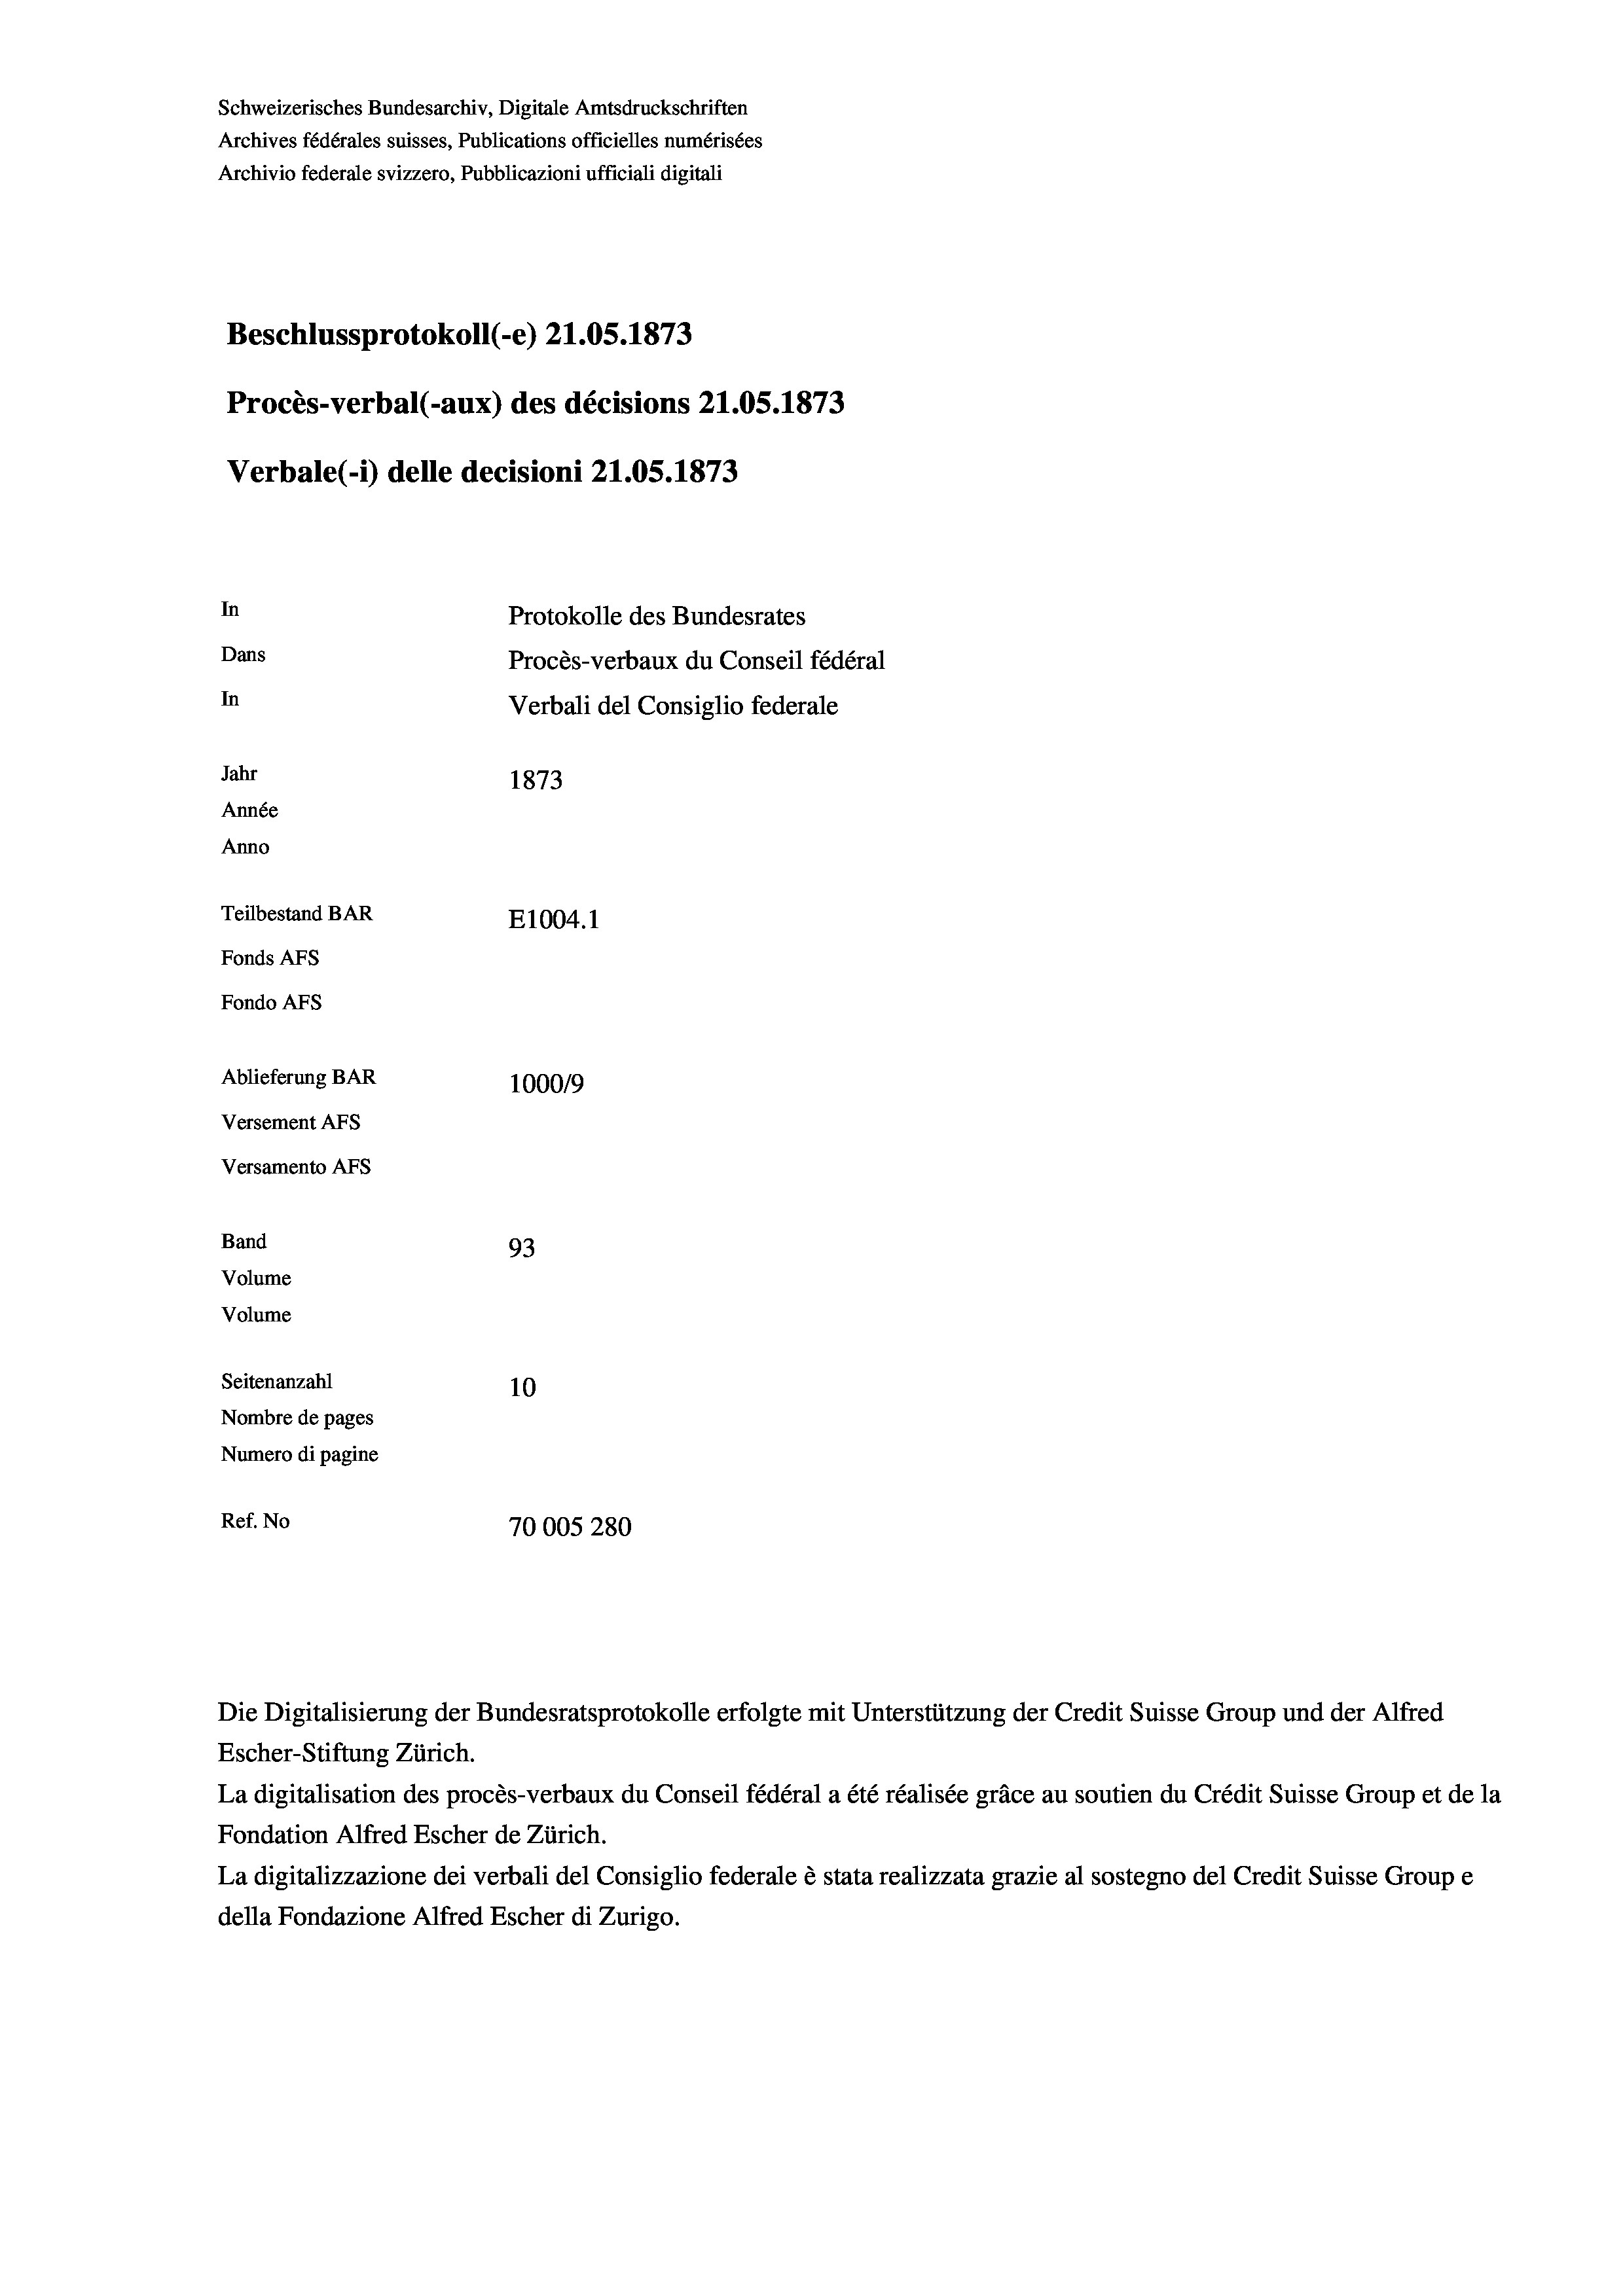
Schweizerisches Bundesarchiv, Digitale Amtsdruckschriften
Archives fédérales suisses, Publications officielles numérisées
Archivio federale svizzero, Pubblicazioni ufficiali digitali
Beschlussprotokoll (-e) 21.05. 1873
Procès-verbal (-aux) des décisions 21.05. 1873
Verbale (i) delle decisioni 21.05. 1873
In
Protokolle des Bundesrates
Dans
Procès-verbaux du Conseil fédéral
In
Verbali del Consiglio federale
Jahr
1873
Année
Anno
Teilbestand BAR
E1004. 1
Fonds AFs
Fondo AFs
Ablieferung BAR
1000/9
Versement Abs
Versamento Afs
Band
93
Volume
Volume
Seitenanzahl
10
Nombre de pages
Numero di pagine
Ref. No
70005280

La digitalisation des procès-verbaux du Conseil fédéral a été réalisée gräce au soutien du Crédit Suisse Group et de la
Fondation Alfred Escher de Zürich.
La digitalizzazione dei verbali del Consiglio federale è stata realizzata grazie al sostegno del Credit Suisse Groupe
della Fondazione Alfred Escher di Zurigo.

Die Digitalisierung der Bundesratsprotokolle erfolgte mit Unterstützung der Credit Suisse Group und der Alfred
Escher-Stiftung Zürich.